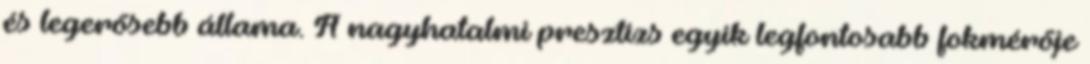
és legerősebb állama. A nagyhatalmi presztízs egyik legfontosabb fokmérője